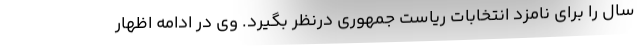
سال را برای نامزد انتخابات ریاست جمهوری درنظر بگیرد. وی در ادامه اظهار